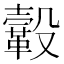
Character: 𩌊